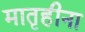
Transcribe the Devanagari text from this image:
मातृहीना